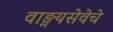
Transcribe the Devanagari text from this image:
वाङ्मयसेवेचे